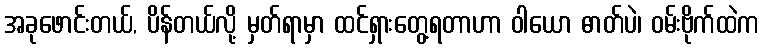
အခုဖောင်းတယ်, ပိန်တယ်လို့ မှတ်ရာမှာ ထင်ရှားတွေ့ရတာဟာ ဝါယော ဓာတ်ပဲ၊ ဝမ်းဗိုက်ထဲက